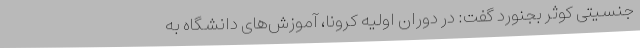
جنسیتی کوثر بجنورد گفت: در دوران اولیه کرونا، آموزش‌های دانشگاه به